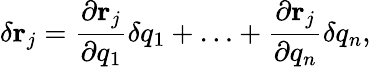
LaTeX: \delta\mathbf{r}_{j}={\frac{\partial\mathbf{r}_{j}}{\partial q_{1}}}\delta{q}_{1}+\ldots+{\frac{\partial\mathbf{r}_{j}}{\partial q_{n}}}\delta{q}_{n},